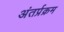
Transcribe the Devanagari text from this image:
अंतर्प्रक्रम